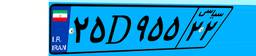
۱۸D۴۰۳۰۵